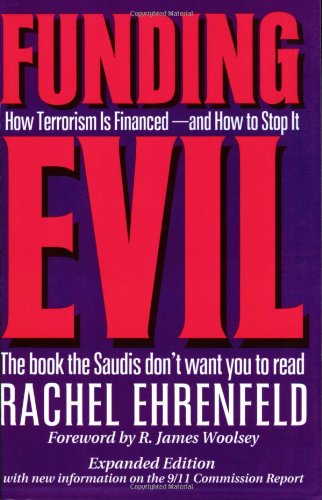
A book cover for Funding Evil, Updated: How Terrorism is Financed and How to Stop It; Rachel Ehrenfeld; Business & Money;